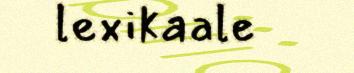
lexikaale